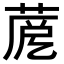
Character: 𦲳